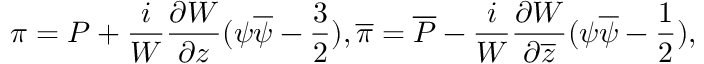
\pi = { \cal P } + \frac { i } { W } \frac { \partial W } { \partial z } ( \psi \overline { { { \psi } } } - \frac { 3 } { 2 } ) , \overline { { { \pi } } } = \overline { { { { \cal P } } } } - \frac { i } { W } \frac { \partial W } { \partial \overline { { { z } } } } ( \psi \overline { { { \psi } } } - \frac { 1 } { 2 } ) ,